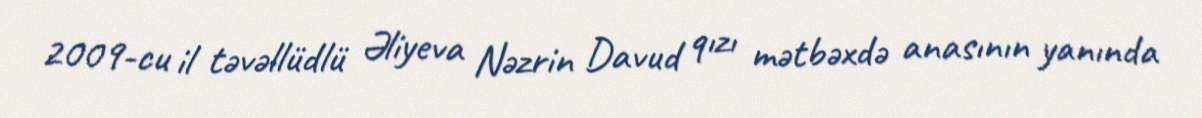
2009-cu il təvəllüdlü Əliyeva Nəzrin Davud qızı mətbəxdə anasının yanında